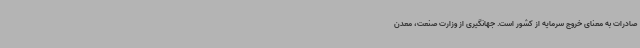
صادرات به معنای خروج سرمایه از کشور است. جهانگیری از وزارت صنعت، معدن